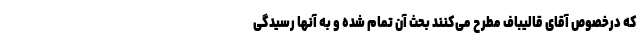
که درخصوص آقای قالیباف مطرح می‌کنند بحث آن تمام شده و به آنها رسیدگی